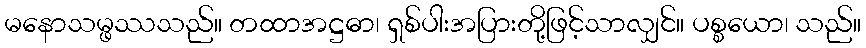
မနောသမ္ဖဿသည်။ တထာအဋ္ဌဓာ၊ ရှစ်ပါးအပြားတို့ဖြင့်သာလျှင်။ ပစ္စယော၊ သည်။